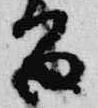
富